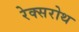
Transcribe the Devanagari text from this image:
रेक्सरोथ